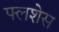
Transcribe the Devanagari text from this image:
फ्लशेस